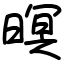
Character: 暝